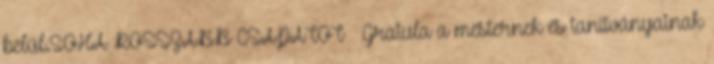
belül.SOHA ROSSZABB CSAPATOT 🙂 Gratula a mesternek és tanítványainak